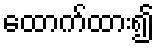
ထောက်ထား၍